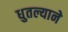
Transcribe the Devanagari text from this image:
धुतल्याने